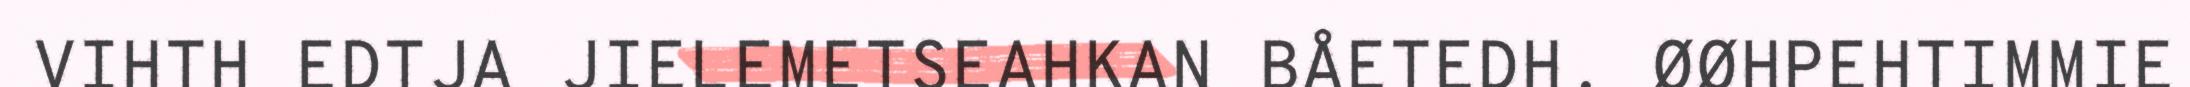
VIHTH EDTJA JIELEMETSEAHKAN BÅETEDH. ØØHPEHTIMMIE